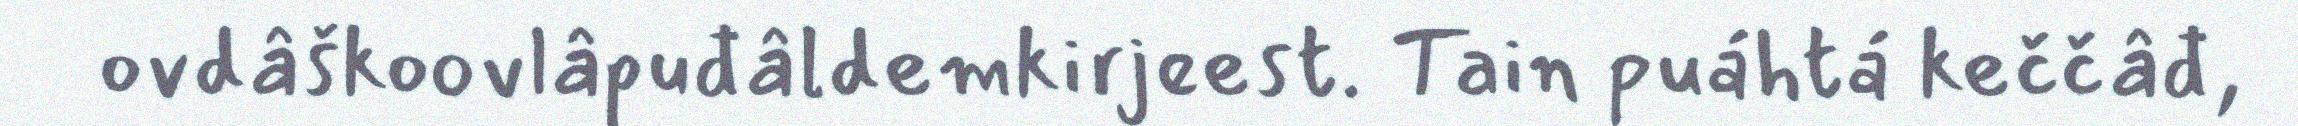
ovdâškoovlâpuđâldemkirjeest. Tain puáhtá keččâđ,